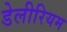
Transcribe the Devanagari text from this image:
डेलीरियम